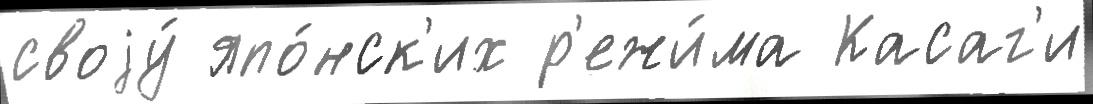
своjу́ япо́нск'их р'ежи́ма Касаг'и